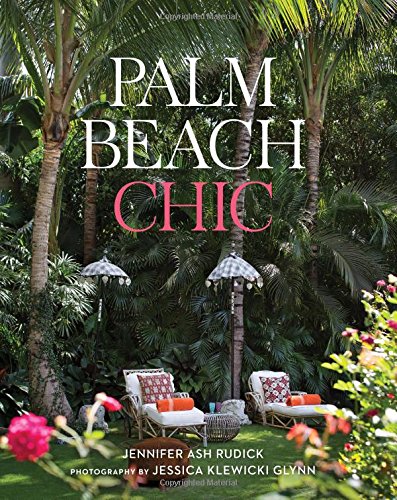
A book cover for Palm Beach Chic; Jennifer Ash Rudick; Crafts, Hobbies & Home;